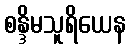
စန္ဒိမသူရိယေန